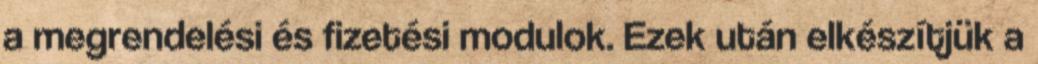
a megrendelési és fizetési modulok. Ezek után elkészítjük a